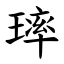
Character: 㻭